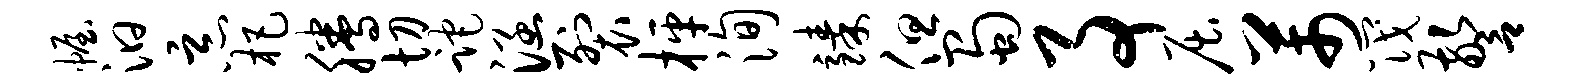
幄汩恶杷腾切跎涵裂枰洵臻但蜀事屈芾筏警